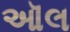
ઑલ